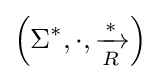
\left(\Sigma ^{*},\cdot ,{\xrightarrow[{R}]{*}}\right)